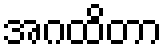
အဂထိတာ